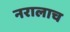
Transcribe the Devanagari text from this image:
नरालाच